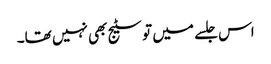
اس جلسے میں تو سٹیج بھی نہیں تھا۔